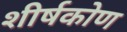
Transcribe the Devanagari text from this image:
शीर्षकोण